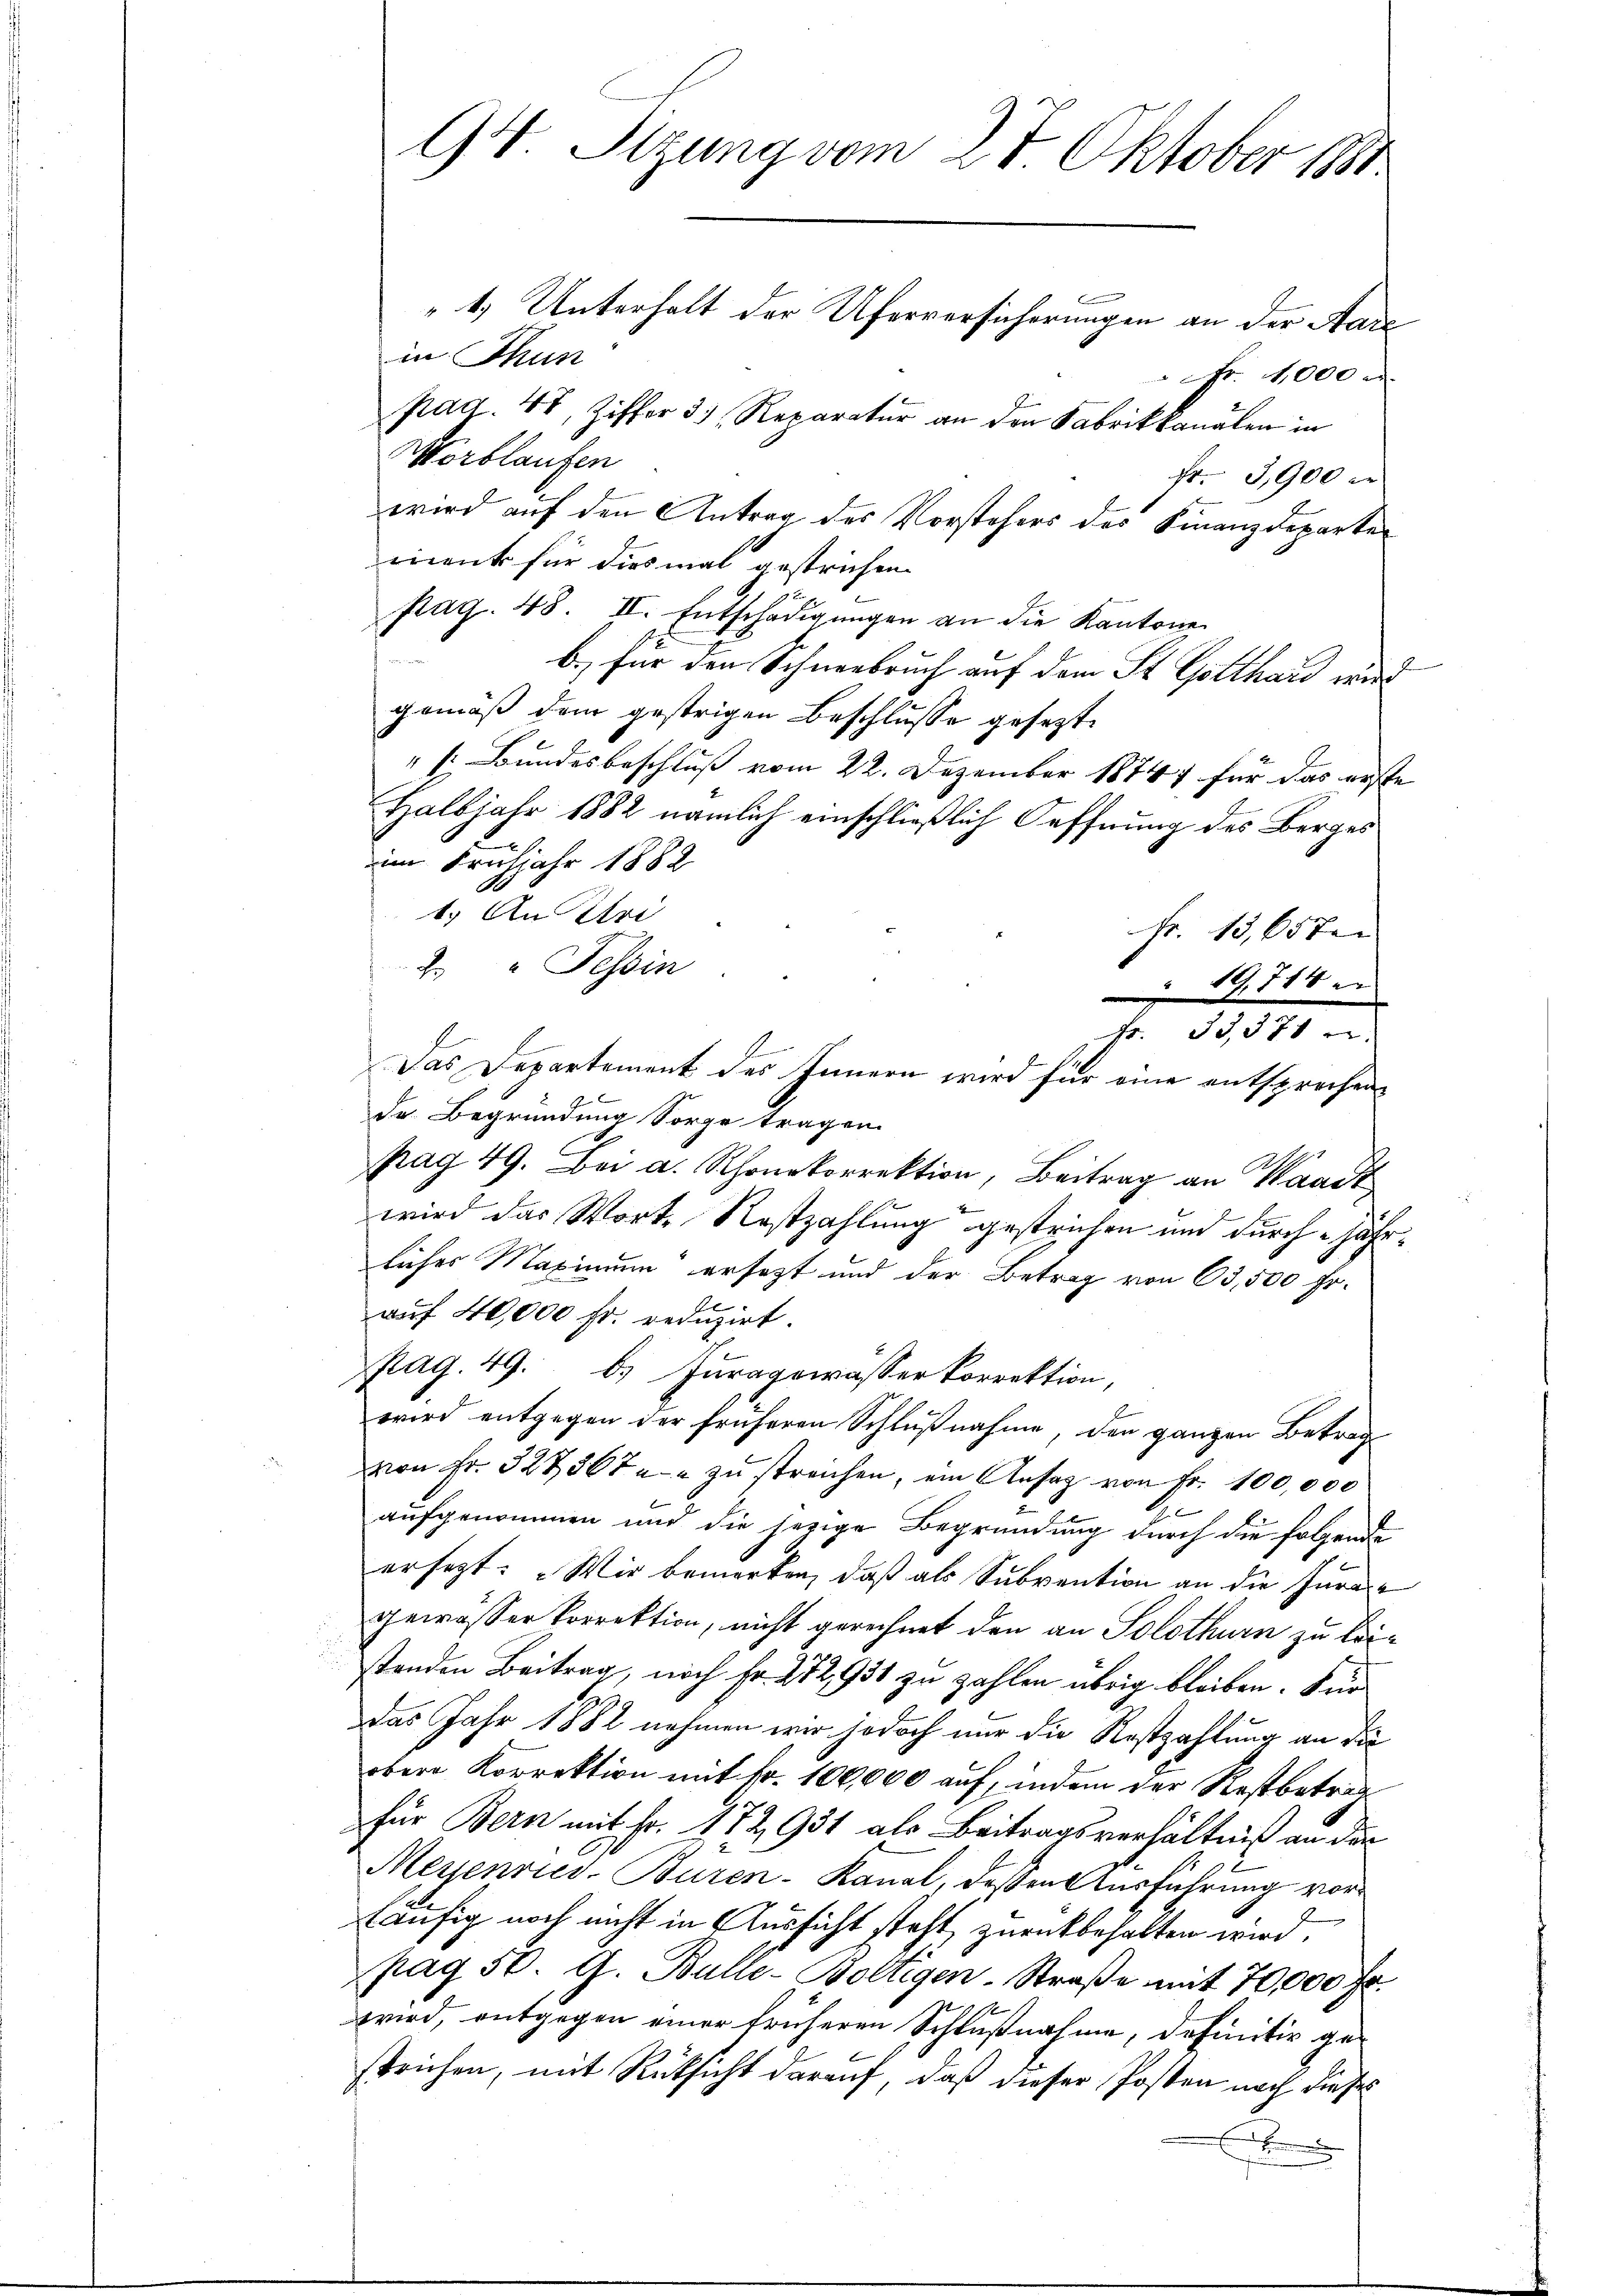
in Thun
Fr. 1000
pag 48, Ziffer 3) Reparatur an den Fabrikkanalen in
Morblaufen
fr. 3,900 er
wird auf den Antrag des Vorstehers des Finanzdeparte
menk für diesmal gestrichen
pag. 48. II. Entschädigungen an die Kantone
b.) für den Schneebruch auf dem St. Gotthard wird
gemäß dem gestrigen Beschlusse gesetzt
" [: Bundesbeschluss vom 22. Dezember 18747 für das erste
Halbjahr 1882 nämlich einschließlich Oeffnung des Berges
im Frühjahr 1882
1.) An Uri
Fr. 13,65 ten
2. " Tessin
19. 714
Fr. 33,371 u.
1
Das Departement des Innern wird für eine entsprechen
de Begründung Sorge tragen.
C
pag. 49. Bei a. Rhonkorrektion, Beitrag an Waa
wird das Worte Rostzahlung gestrichen und durch jährliches Maximum ersezt und der Betrag von 63,500 Fr.
auf 40,000 fr. reduzirt.
pag. 49. 6. Juragewasser korrektion,
E
wird entgegen der früheren Schlußnahme, den ganzen Betrag
von Fr. 327367 u. zu streichen, ein Ansag von Fr. 100,000
aufgenommen und die jezige Begründung durch die folgende
ersetzt: „Wir bemerken, daß als Subvention an die Juragewasser Vorrektion, nicht gerechnet den an Solothurn zu leistenden Beitrag, noch Fr. 272,931 zu zahlen übrig bleiben. Für
das Jahr 1882 nehmen wir jedoch nur die Kostzahlung an die
ober Korrektion mit Fr. 100,000 auf, indem der Restbeträg
für Bern mit Fr. 172, 934 als Beitragsverhältniß an die
Meysenries-Buren-Kanal, dessen Ausführung vorläufig noch nicht in Aussicht steht zurückbehalten wird.
pag. 50. G. Bulle-Boltigen-Straße mit 70,000 Fr.
wird, entgegen einer früheren Schlußnahme, definitiv gestrichen, mit Rücksicht darauf, daß dieser Posten nach dieses
.

94. Sitzung vom 28. Oktober 1881

" 1.) Unterhalt der Uferversicherungen an der Aar